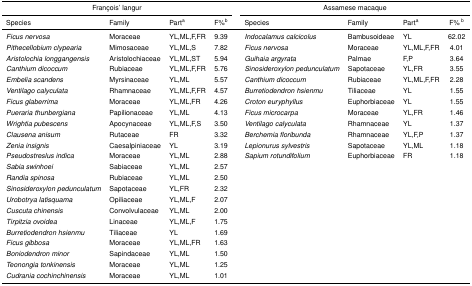
<table><thead><tr><td colspan="4"><b>François’ langur</b></td><td></td><td colspan="4"><b>Assamese macaque</b></td></tr></thead><tbody><tr><td>Species</td><td>Family</td><td>Part<sup>a</sup></td><td>F% <sup>b</sup></td><td></td><td>Species</td><td>Family</td><td>Part<sup>a</sup></td><td>F% <sup>b</sup></td></tr><tr><td><i>Ficus nervosa</i></td><td>Moraceae</td><td>YL,ML,F,FR</td><td>9.39 </td><td></td><td><i>Indocalamus calcicolus</i></td><td>Bambusoideae</td><td>YL</td><td>62.02</td></tr><tr><td><i>Pithecellobium clypearia</i></td><td>Mimosaceae</td><td>YL,ML,S</td><td>7.82 </td><td></td><td><i>Ficus nervosa</i></td><td>Moraceae</td><td>YL,ML,F,FR</td><td>4.01</td></tr><tr><td><i>Aristolochia longgangensis</i></td><td>Aristolochiaceae</td><td>YL,ML,ST</td><td>5.94 </td><td></td><td><i>Guihaia argyrata</i></td><td>Palmae</td><td>F,P</td><td>3.64</td></tr><tr><td><i>Canthium dicoccum</i></td><td>Rubiaceae</td><td>YL,ML,F,FR</td><td>5.76 </td><td></td><td><i>Sinosideroxylon pedunculatum</i></td><td>Sapotaceae</td><td>YL,FR</td><td>3.55</td></tr><tr><td><i>Embelia scandens</i></td><td>Myrsinaceae</td><td>YL,ML</td><td>5.57 </td><td></td><td><i>Canthium dicoccum</i></td><td>Rubiaceae</td><td>YL,ML,F,FR</td><td>2.28</td></tr><tr><td><i>Ventilago calyculata</i></td><td>Rhamnaceae</td><td>YL,ML,F,FR</td><td>4.57 </td><td></td><td><i>Burretiodendron hsienmu</i></td><td>Tiliaceae</td><td>YL</td><td>1.55</td></tr><tr><td><i>Ficus glaberrima</i></td><td>Moraceae</td><td>YL,ML,FR</td><td>4.26 </td><td></td><td><i>Croton euryphyllus</i></td><td>Euphorbiaceae</td><td>YL</td><td>1.55</td></tr><tr><td><i>Pueraria thunbergiana</i></td><td>Papilionaceae</td><td>YL,ML</td><td>4.13 </td><td></td><td><i>Ficus microcarpa</i></td><td>Moraceae</td><td>YL,FR</td><td>1.46</td></tr><tr><td><i>Wrightia pubescens</i></td><td>Apocynaceae</td><td>YL,ML,F,S</td><td>3.50 </td><td></td><td><i>Ventilago calyculata</i></td><td>Rhamnaceae</td><td>YL</td><td>1.37</td></tr><tr><td><i>Clausena anisum</i></td><td>Rutaceae</td><td>FR</td><td>3.32 </td><td></td><td><i>Berchemia floribunda</i></td><td>Rhamnaceae</td><td>YL,F,P</td><td>1.37</td></tr><tr><td><i>Zenia insignis</i></td><td>Caesalpiniaceae</td><td>YL</td><td>3.19 </td><td></td><td><i>Lepionurus sylvestris</i></td><td>Sapotaceae</td><td>YL,ML</td><td>1.18</td></tr><tr><td><i>Pseudostreslus indica</i></td><td>Moraceae</td><td>YL,ML</td><td>2.88 </td><td></td><td><i>Sapium rotundifolium</i></td><td>Euphorbiaceae</td><td>FR</td><td>1.18</td></tr><tr><td><i>Sabia swinhoei</i></td><td>Sabiaceae</td><td>YL,ML</td><td>2.57 </td><td></td><td></td><td></td><td></td><td></td></tr><tr><td><i>Randia spinosa</i></td><td>Rubiaceae</td><td>YL,ML</td><td>2.50 </td><td></td><td></td><td></td><td></td><td></td></tr><tr><td><i>Sinosideroxylon pedunculatum</i></td><td>Sapotaceae</td><td>YL,FR</td><td>2.32 </td><td></td><td></td><td></td><td></td><td></td></tr><tr><td><i>Urobotrya latisquama</i></td><td>Opiliaceae</td><td>YL,ML,F</td><td>2.07 </td><td></td><td></td><td></td><td></td><td></td></tr><tr><td><i>Cuscuta chinensis</i></td><td>Convolvulaceae</td><td>YL,ML</td><td>2.00 </td><td></td><td></td><td></td><td></td><td></td></tr><tr><td><i>Tirpitzia ovoidea</i></td><td>Linaceae</td><td>YL,ML,F</td><td>1.75 </td><td></td><td></td><td></td><td></td><td></td></tr><tr><td><i>Burretiodendron hsienmu</i></td><td>Tiliaceae</td><td>YL</td><td>1.69 </td><td></td><td></td><td></td><td></td><td></td></tr><tr><td><i>Ficus gibbosa</i></td><td>Moraceae</td><td>YL,ML,FR</td><td>1.63 </td><td></td><td></td><td></td><td></td><td></td></tr><tr><td><i>Boniodendron minor</i></td><td>Sapindaceae</td><td>YL,ML</td><td>1.50 </td><td></td><td></td><td></td><td></td><td></td></tr><tr><td><i>Teonongia tonkinensis</i></td><td>Moraceae</td><td>YL,ML</td><td>1.25 </td><td></td><td></td><td></td><td></td><td></td></tr><tr><td><i>Cudrania cochinchinensis</i></td><td>Moraceae</td><td>YL,ML</td><td>1.01 </td><td></td><td></td><td></td><td></td><td></td></tr></tbody></table>